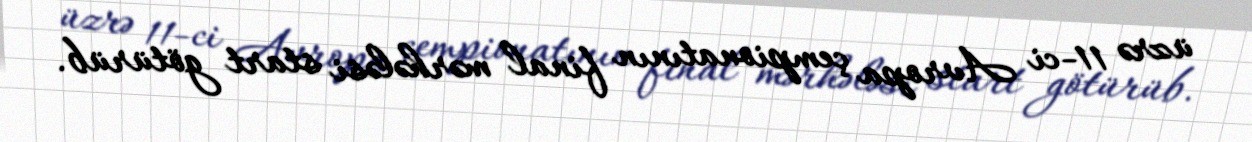
üzrə 11-ci Avropa çempionatının final mərhələsi start götürüb.